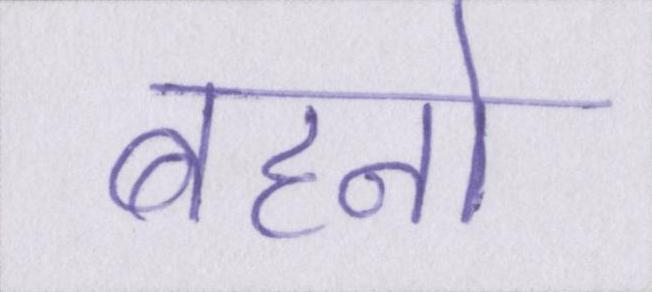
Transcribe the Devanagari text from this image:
बहनो